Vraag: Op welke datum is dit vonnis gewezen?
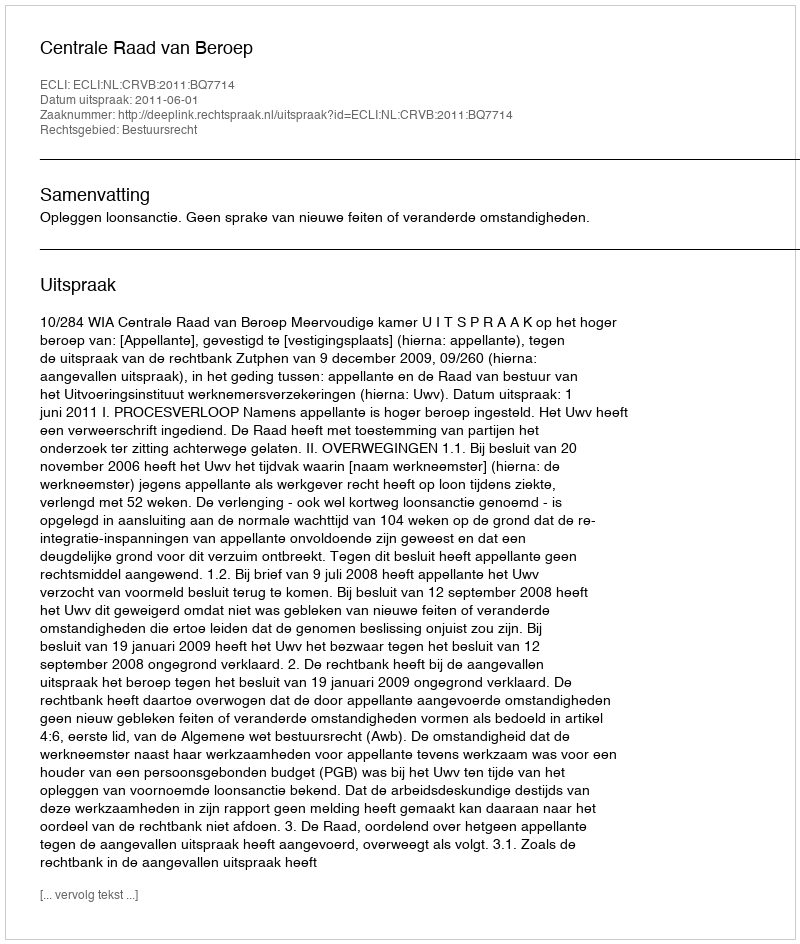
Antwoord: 2011-06-01